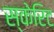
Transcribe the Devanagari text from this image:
स्केरिट